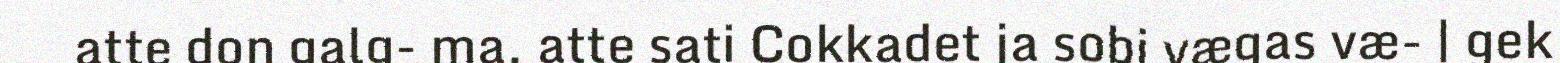
atte don galg- ma. atte sati Cokkadet ja sobi vægas væ- | gek